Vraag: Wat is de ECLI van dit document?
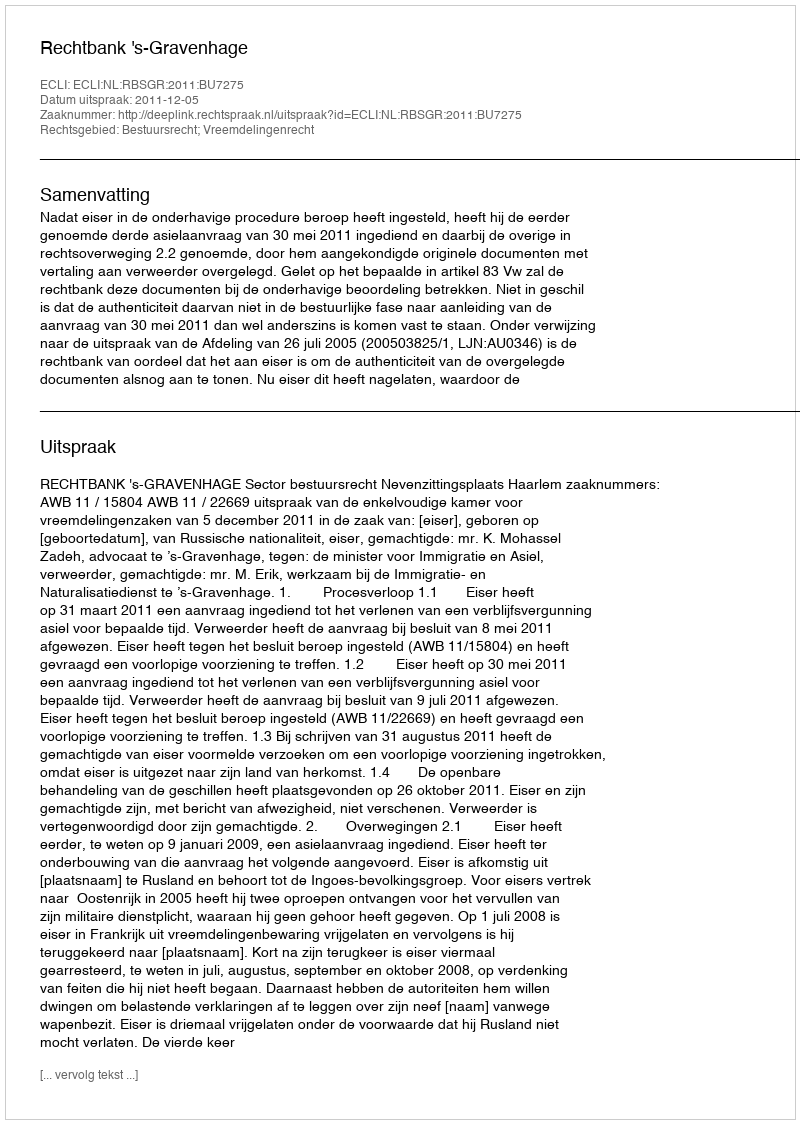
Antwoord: ECLI:NL:RBSGR:2011:BU7275